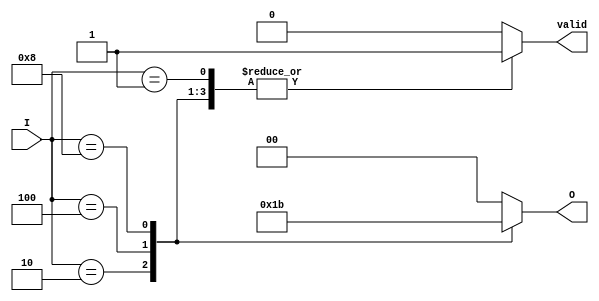
module binary_encoder (
    input wire [3:0] I,      // 4 input lines
    output reg [1:0] O,      // 2 output lines
    output reg valid          // Indicates if the output is valid
);

    always @(*) begin
        // Default values
        O = 2'b00;            // Default output
        valid = 1'b0;        // Default valid signal

        case (I)
            4'b0001: begin O = 2'b00; valid = 1'b1; end // I0 active
            4'b0010: begin O = 2'b01; valid = 1'b1; end // I1 active
            4'b0100: begin O = 2'b10; valid = 1'b1; end // I2 active
            4'b1000: begin O = 2'b11; valid = 1'b1; end // I3 active
            default: begin
                O = 2'b00; // Invalid output for multiple or no active inputs
                valid = 1'b0; // Output is not valid
            end
        endcase
    end

endmodule